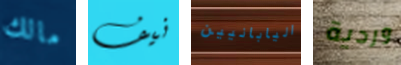
مالك نيف اليابانيين وردية